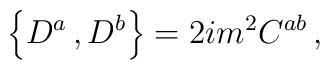
\left\{D^a\, , D^b \right\}=2im^2 C^{ab} \, ,